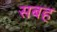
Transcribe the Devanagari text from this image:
सबह